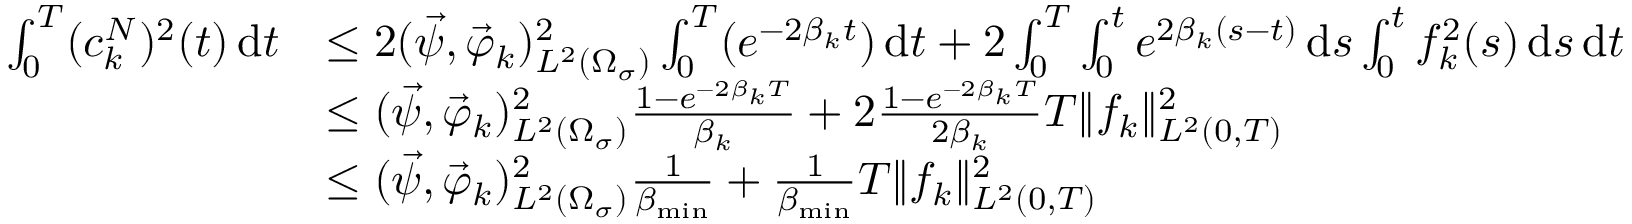
\begin{array} { r l } { \int _ { 0 } ^ { T } ( c _ { k } ^ { N } ) ^ { 2 } ( t ) \, \mathrm d t } & { \leq 2 ( \vec { \psi } , \vec { \varphi } _ { k } ) _ { L ^ { 2 } ( \Omega _ { \sigma } ) } ^ { 2 } \int _ { 0 } ^ { T } ( e ^ { - 2 \beta _ { k } t } ) \, \mathrm d t + 2 \int _ { 0 } ^ { T } \int _ { 0 } ^ { t } e ^ { 2 \beta _ { k } ( s - t ) } \, \mathrm d s \int _ { 0 } ^ { t } f _ { k } ^ { 2 } ( s ) \, \mathrm d s \, \mathrm d t } \\ & { \leq ( \vec { \psi } , \vec { \varphi } _ { k } ) _ { L ^ { 2 } ( \Omega _ { \sigma } ) } ^ { 2 } \frac { 1 - e ^ { - 2 \beta _ { k } T } } { \beta _ { k } } + 2 \frac { 1 - e ^ { - 2 \beta _ { k } T } } { 2 \beta _ { k } } T \| f _ { k } \| _ { L ^ { 2 } ( 0 , T ) } ^ { 2 } } \\ & { \leq ( \vec { \psi } , \vec { \varphi } _ { k } ) _ { L ^ { 2 } ( \Omega _ { \sigma } ) } ^ { 2 } \frac { 1 } { \beta _ { \operatorname* { m i n } } } + \frac { 1 } { \beta _ { \operatorname* { m i n } } } T \| f _ { k } \| _ { L ^ { 2 } ( 0 , T ) } ^ { 2 } } \end{array}